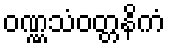
ဝဏ္ဏသံဝတ္တနိကံ